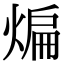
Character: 煸